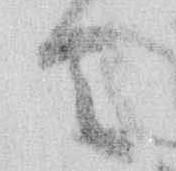
者